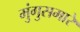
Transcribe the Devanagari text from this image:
मुंगुसमारे